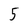
Character: 5